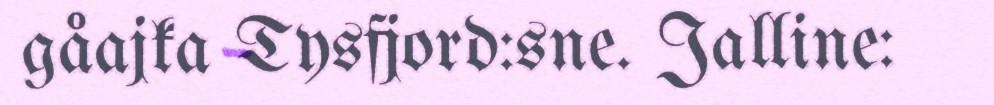
gåajka Tysfjord:sne. Jalline: